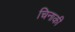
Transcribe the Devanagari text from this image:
चिनाकी